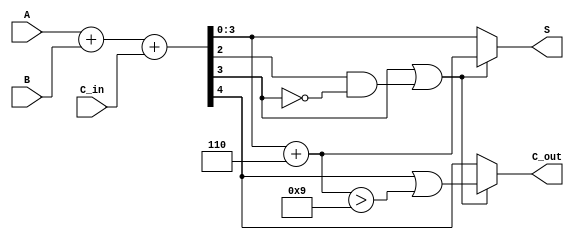
module BCD_Fast_Adder (
    input  wire [3:0] A,      // First BCD digit
    input  wire [3:0] B,      // Second BCD digit
    input  wire C_in,         // Carry-in
    output reg  [3:0] S,      // Resultant BCD sum
    output reg  C_out         // Carry-out
);

    wire [4:0] Sum;           // 5-bit sum to accommodate carry
    wire correction_needed;    // Flag to indicate if correction is needed

    // Step 1: Binary addition of A, B and C_in
    assign Sum = A + B + C_in;

    // Step 2: Check if correction is needed (if Sum[3:0] > 9)
    assign correction_needed = (Sum[3] | (Sum[2] & ~Sum[3]));

    // Step 3: Apply correction if needed
    always @(*) begin
        if (correction_needed) begin
            // Add 6 (0110) to the sum
            S = Sum[3:0] + 4'b0110;
            C_out = Sum[4] | (S > 9); // Carry out if original sum had a carry or corrected sum exceeds 9
        end else begin
            S = Sum[3:0];
            C_out = Sum[4]; // Carry out from the original addition
        end
    end

endmodule